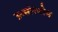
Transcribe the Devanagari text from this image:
च्र्य्सोस्तोम